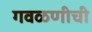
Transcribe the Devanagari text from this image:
गवळणीची